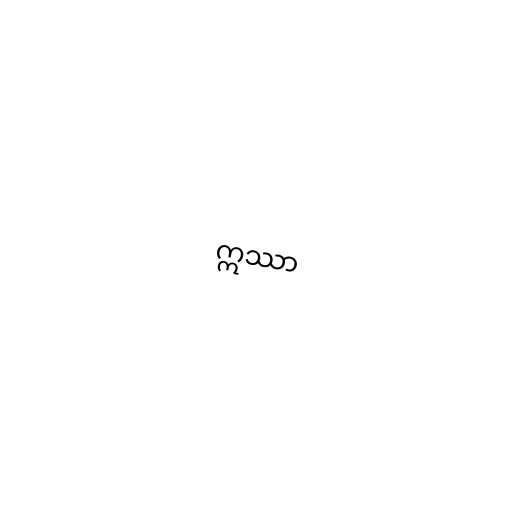
ဣဿာ